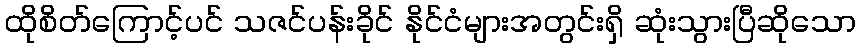
ထိုစိတ်ကြောင့်ပင် သဇင်ပန်းခိုင် နိုင်ငံများအတွင်းရှိ ဆုံးသွားပြီဆိုသော